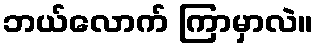
ဘယ်လောက် ကြာမှာလဲ။